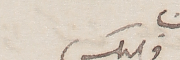
فليكس